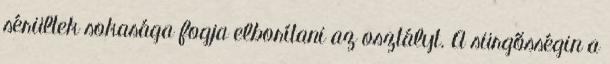
sérültek sokasága fogja elborítani az osztályt. A sürgősségin a